system: You are a helpful assistant.
user:
Analyze the provided spectrum to determine if it is a **S-type Star**.

- **Key Indicators for S-type Star:**

    - **(Overall Spectrum Shape):** The first and most obvious characteristic is the overall continuum (the "baseline" shape). It is **extremely "red-sloping,"** meaning the flux (light intensity) is very low on the left side (blue, ~4000-4500 Å) and rises steeply and continuously toward the right side (red, ~7000 Å+).

    - **(Primary):** The spectrum is defined by the presence of strong, broad molecular absorption "valleys" (bands) from **Zirconium Oxide (ZrO)**. The identification of these bands is the **primary requirement** for classifying a star as S-type.
        - **(Key Bandheads):** You must find distinct, deep "dips" where the light has been absorbed. The most critical band systems to locate are:
            - **~6474 Å** ($\gamma$-system): This is often the strongest and clearest ZrO feature, found in the red part of the spectrum.
            - **~5718 Å** & **~5551 Å** ($\beta$-system): A pair of prominent absorption features in the yellow-orange part of the spectrum.
            - **~4640 Å** ($\alpha$-system): A key absorption band system in the blue-green region of the spectrum.

    - **(Secondary Confirmation):** The classification is strengthened by finding additional absorption bands from other related heavy element oxides, which are expected to be present alongside ZrO.
        - **(Key Bandheads):**
            - **Yttrium Oxide (YO):** Look for absorption dips near **~4800 Å** and **~6100 Å**.
            - **Lanthanum Oxide (LaO):** Additional absorption features, particularly in the red-orange part of the spectrum, are also characteristic.

    - **(Line Profile):** The combination of the steep red continuum and these numerous, deep molecular bands (ZrO, YO, etc.) gives the entire spectrum a very **"chopped-up"** or **"bumpy"** appearance. Instead of a smooth curve, the spectrum looks as though large, wide chunks of light have been "carved out" of it at the specific wavelengths listed above.

Think first, call **spectral_visualization_tool** if needed to examine features in detail, then provide your final answer. Your response must adhere to the following strict rules:
1.  **Overall Structure:** Your response must follow the format `<think>...</think> <tool_call>...</tool_call> (if a tool is used) <answer>...</answer>`.
2.  **Tool Usage Constraint:** You may only make **one** tool call per turn.
3.  **Final Answer Format:** In the `<answer>` tag, your conclusion must be inside a `\boxed{}` command (e.g., `\boxed{YES}` or `\boxed{NO}`), followed by your justification.

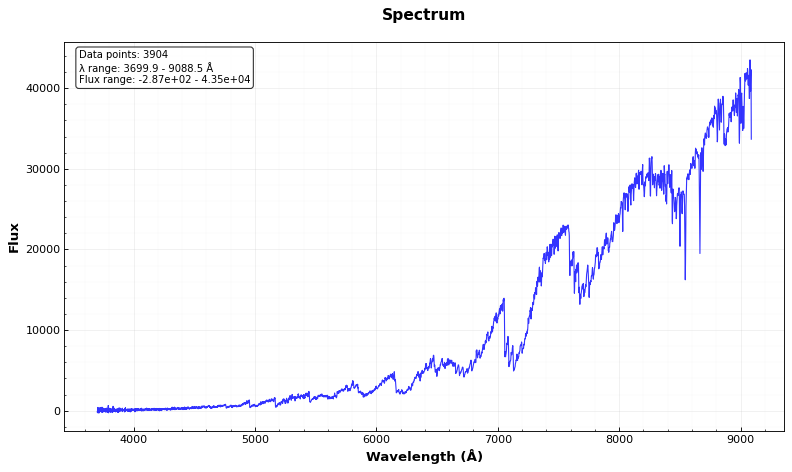
Answer: YES